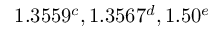
1 . 3 5 5 9 ^ { c } , 1 . 3 5 6 7 ^ { d } , 1 . 5 0 ^ { e }